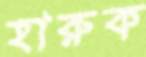
হারুক